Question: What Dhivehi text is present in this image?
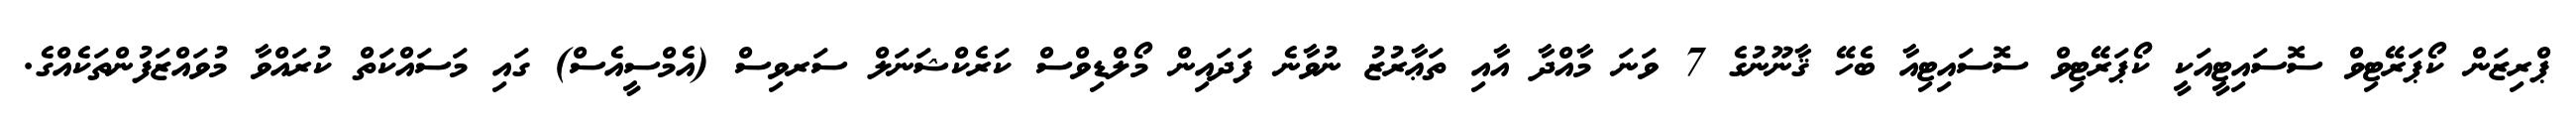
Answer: ޕްރިޒަން ކޯޕަރޭޓިވް ސޮސައިޓީއަކީ ކޯޕަރޭޓިވް ސޮސައިޓިއާ ބެހޭ ޤާނޫނުގެ 7 ވަނަ މާއްދާ އާއި ތަޢާރުޒު ނުވާނެ ފަދައިން މޯލްޑިވްސް ކަރެކްޝަނަލް ސަރވިސް (އެމްސީއެސް) ގައި މަސައްކަތް ކުރައްވާ މުވައްޒަފުންތަކެއްގެ.